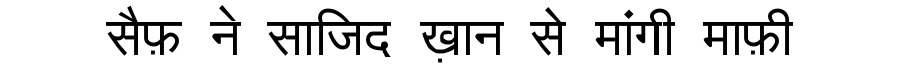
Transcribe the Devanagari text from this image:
सैफ़ ने साजिद ख़ान से मांगी माफ़ी